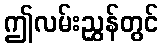
ဤလမ်းညွှန်တွင်